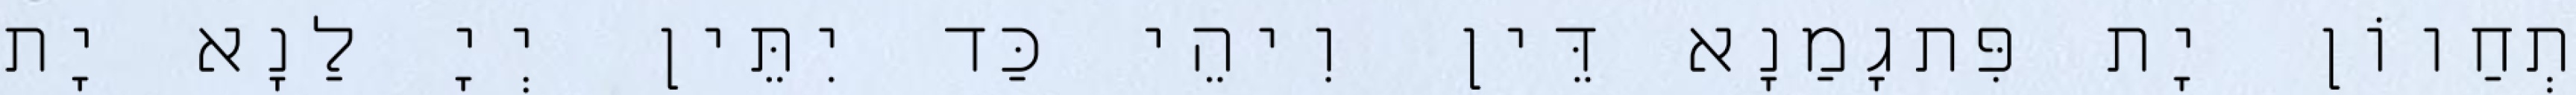
תְחַווֹן יָת פִּתגָמַנָא דֵּין וִיהֵי כַּד יִתֵּין יְיָ לַנָא יָת